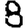
Digit: 8